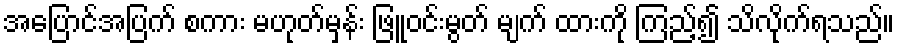
အပြောင်အပြက် စကား မဟုတ်မှန်း ဖြူဝင်းမွတ် မျက် ထားကို ကြည့်၍ သိလိုက်ရသည်။